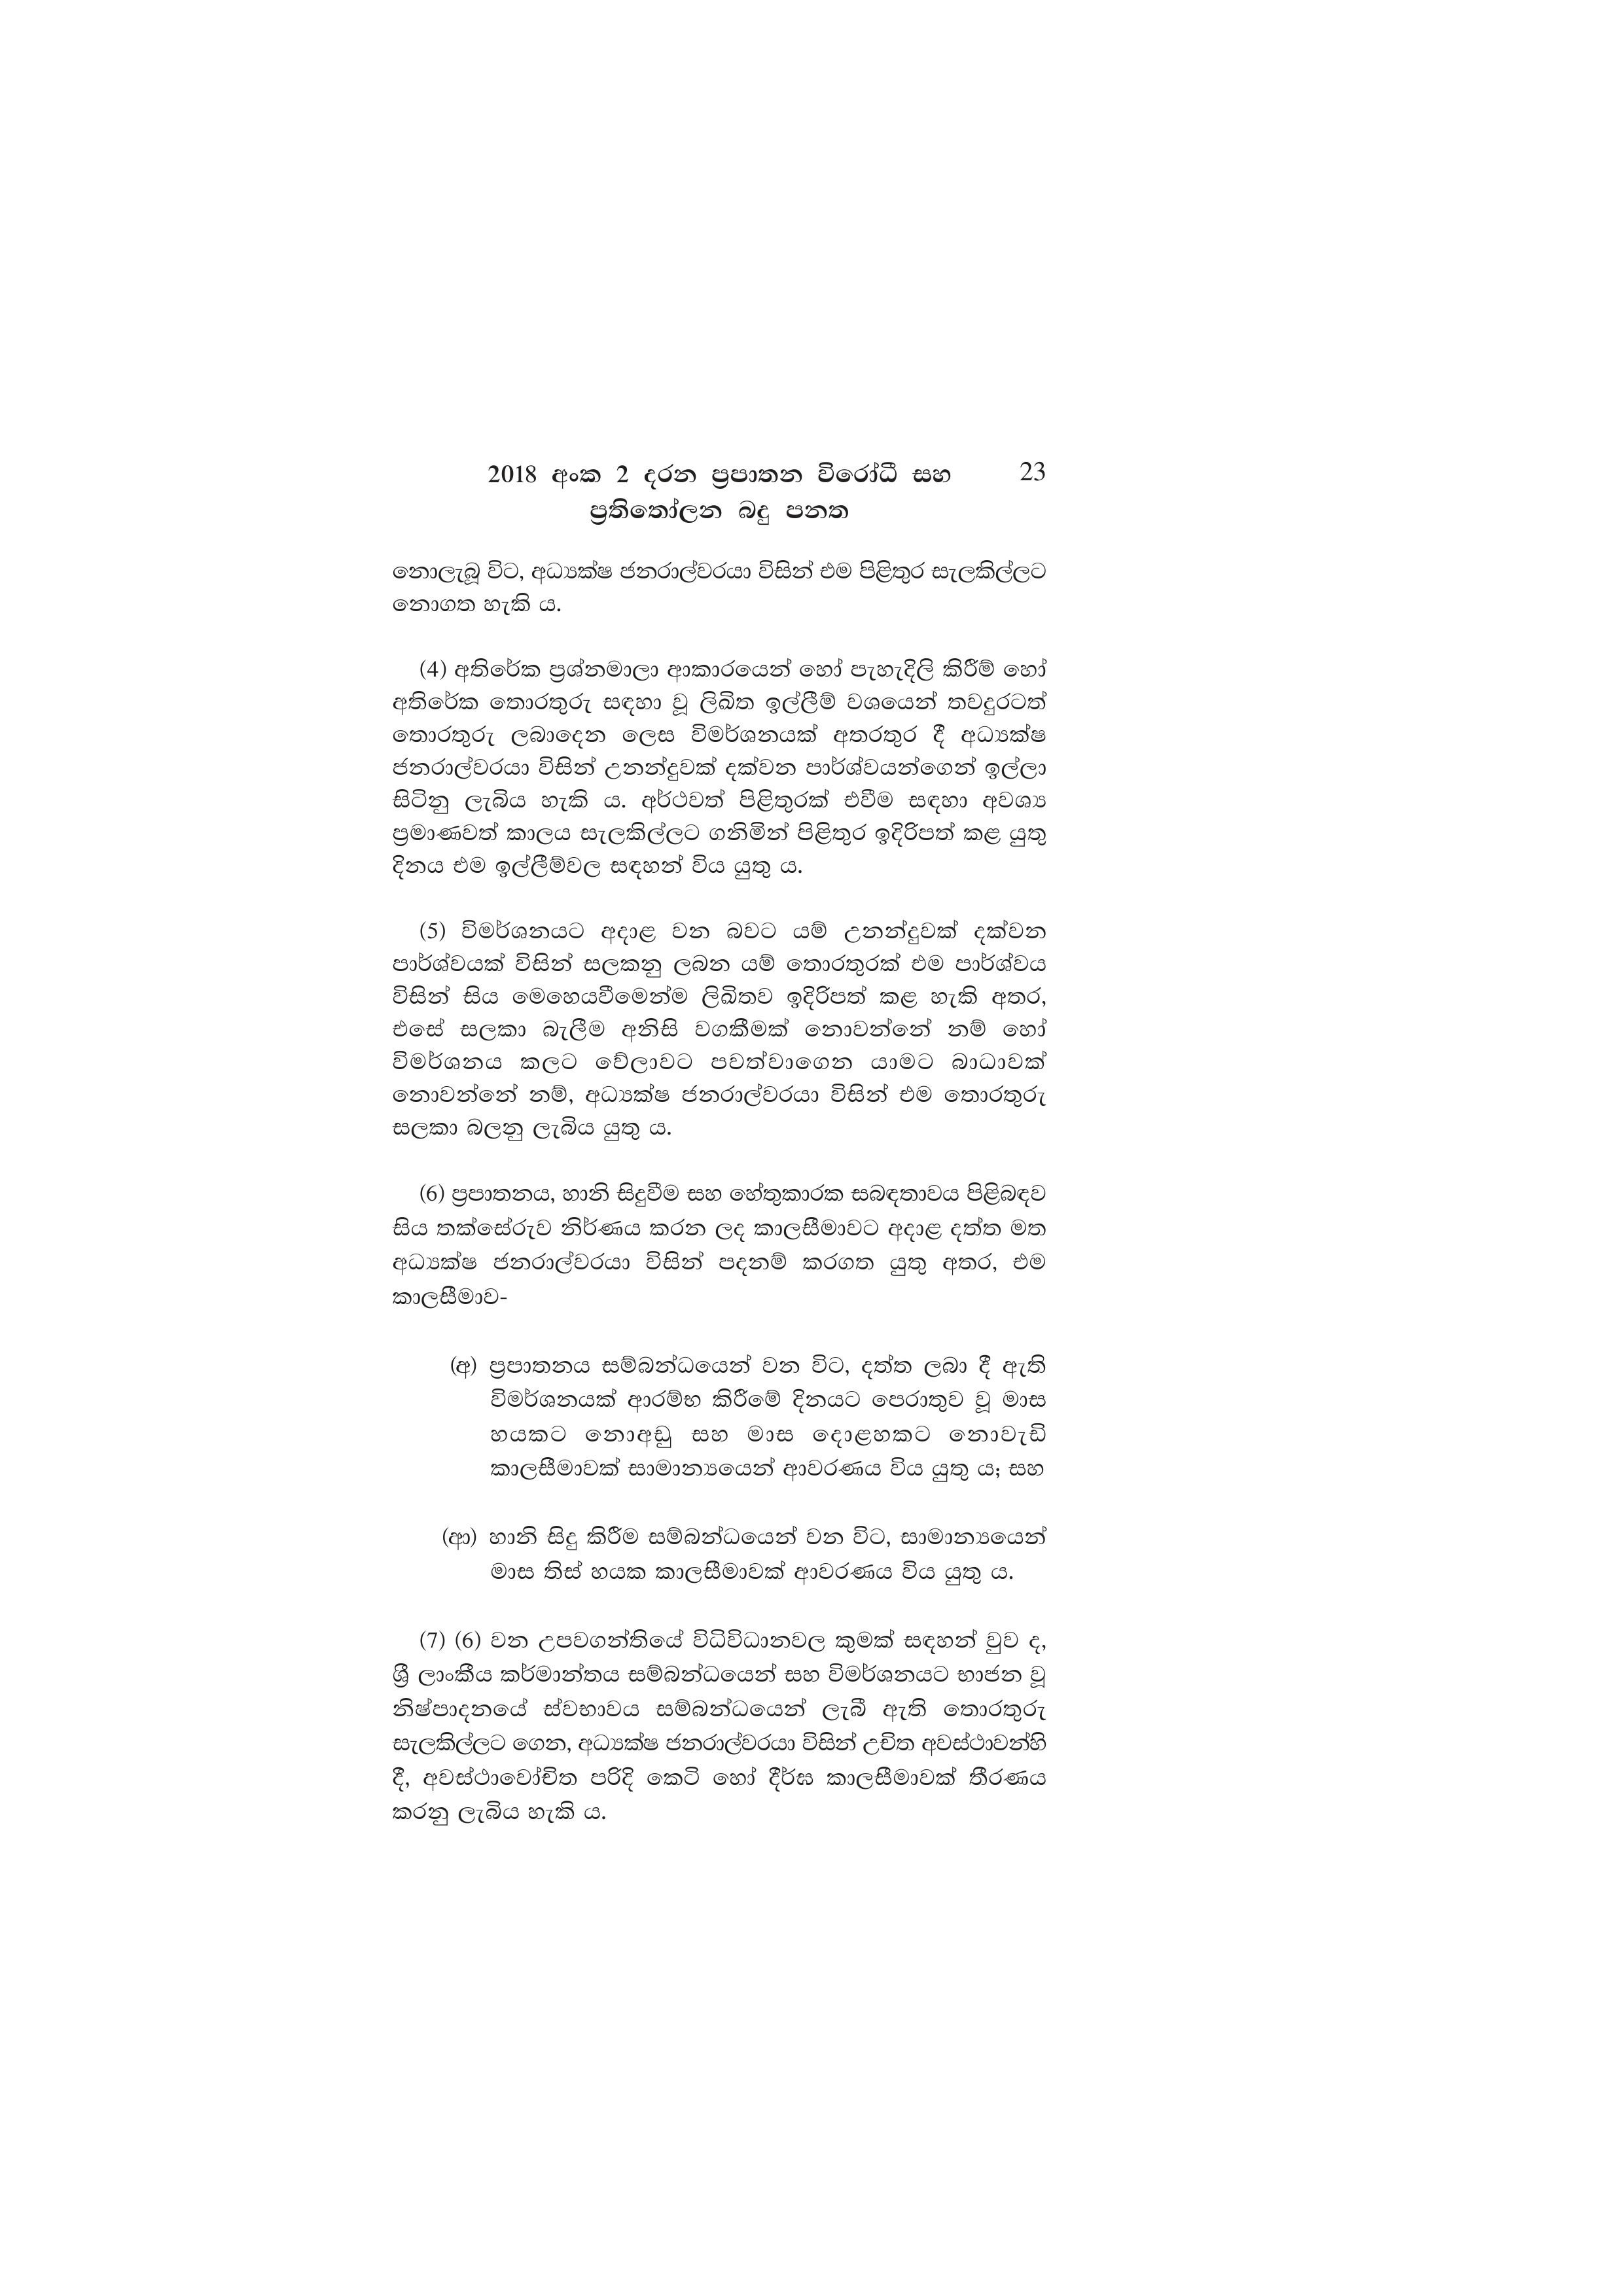
2018 අංක 2 දරන ප්‍රපාතන විරෝධී සහ 23
ප්‍රතිතෝලන බදු පනත

නොලැබූ විට, අධ්‍යක්ෂ ජනරාල්වරයා විසින් එම පිළිතුර සැලකිල්ලට
නොගත හැකි ය.

(4) අතිරේක ප්‍රශ්නමාලා ආකාරයෙන් හෝ පැහැදිලි කිරීම් හෝ
අතිරේක තොරතුරු සඳහා වූ ලිඛිත ඉල්ලීම් වශයෙන් තවදුරටත්
තොරතුරු ලබාදෙන ලෙස විමර්ශනයක් අතරතුර දී අධ්‍යක්ෂ
ජනරාල්වරයා විසින් උනන්දුවක් දක්වන පාර්ශ්වයන්ගෙන් ඉල්ලා
සිටිනු ලැබිය හැකි ය. අර්ථවත් පිළිතුරක් එවීම සඳහා අවශ්‍ය
ප්‍රමාණවත් කාලය සැලකිල්ලට ගනිමින් පිළිතුර ඉදිරිපත් කළ යුතු
දිනය එම ඉල්ලීම්වල සඳහන් විය යුතු ය.

(5) විමර්ශනයට අදාළ වන බවට යම් උනන්දුවක් දක්වන
පාර්ශ්වයක් විසින් සලකනු ලබන යම් තොරතුරක් එම පාර්ශ්වය
විසින් සිය මෙහෙයවීමෙන්ම ලිඛිතව ඉදිරිපත් කළ හැකි අතර,
එසේ සලකා බැලීම අනිසි වගකීමක් නොවන්නේ නම් හෝ
විමර්ශනය කලට වේලාවට පවත්වාගෙන යාමට බාධාවක්
නොවන්නේ නම්, අධ්‍යක්ෂ ජනරාල්වරයා විසින් එම තොරතුරු
සලකා බලනු ලැබිය යුතු ය.

(6) ප්‍රපාතනය, හානි සිදුවීම සහ හේතුකාරක සබඳතාවය පිළිබඳව
සිය තක්සේරුව නිර්ණය කරන ලද කාලසීමාවට අදාළ දත්ත මත
අධ්‍යක්ෂ ජනරාල්වරයා විසින් පදනම් කරගත යුතු අතර, එම
කාලසීමාව-

(අ) ප්‍රපාතනය සම්බන්ධයෙන් වන විට, දත්ත ලබා දී ඇති
විමර්ශනයක් ආරම්භ කිරීමේ දිනයට පෙරාතුව වූ මාස
හයකට නොඅඩු සහ මාස දොළහකට නොවැඩි
කාලසීමාවක් සාමාන්‍යයෙන් ආවරණය විය යුතු ය; සහ

(ආ) හානි සිදු කිරීම සම්බන්ධයෙන් වන විට, සාමාන්‍යයෙන්
මාස තිස් හයක කාලසීමාවක් ආවරණය විය යුතු ය.

(7) (6) වන උපවගන්තියේ විධිවිධානවල කුමක් සඳහන් වුව ද,
ශ්‍රී ලාංකීය කර්මාන්තය සම්බන්ධයෙන් සහ විමර්ශනයට භාජන වූ
නිෂ්පාදනයේ ස්වභාවය සම්බන්ධයෙන් ලැබී ඇති තොරතුරු
සැලකිල්ලට ගෙන, අධ්‍යක්ෂ ජනරාල්වරයා විසින් උචිත අවස්ථාවන්හි
දී, අවස්ථාවෝචිත පරිදි කෙටි හෝ දීර්ඝ කාලසීමාවක් තීරණය
කරනු ලැබිය හැකි ය.